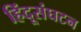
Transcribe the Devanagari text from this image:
हिंदूसंघटन